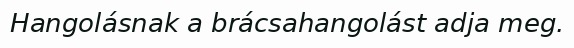
Hangolásnak a brácsahangolást adja meg.